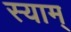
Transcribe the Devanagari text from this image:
स्याम्